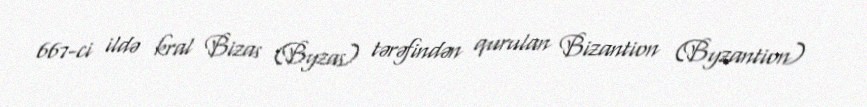
667-ci ildə kral Bizas (Byzas) tərəfindən qurulan Bizantion (Byzantion)